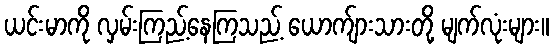
ယင်းမာကို လှမ်းကြည့်နေကြသည့် ယောက်ျားသားတို့ မျက်လုံးများ။